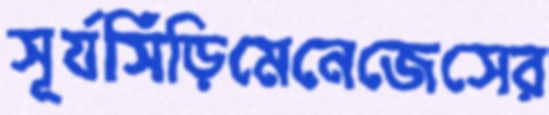
সূর্যসিঁড়িমেনেজেসের